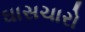
ઘાસચારો